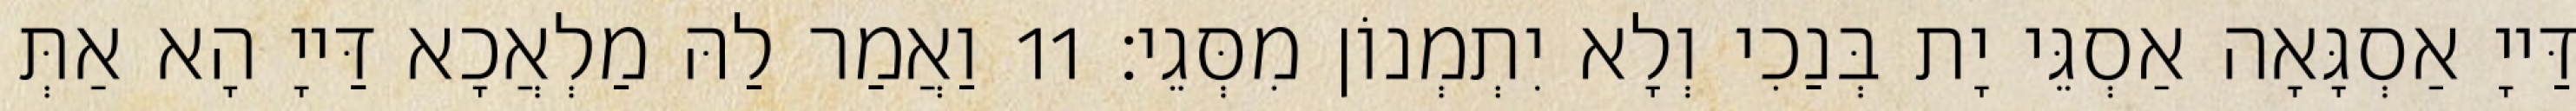
דַּייָ אַסְגָּאָה אַסְגֵּי יָת בְּנַכִי וְלָא יִתְמְנוֹן מִסְּגֵי׃ 11 וַאֲמַר לַהּ מַלְאֲכָא דַּייָ הָא אַתְּ